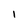
Character: 1